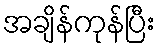
အချိန်ကုန်ပြီး